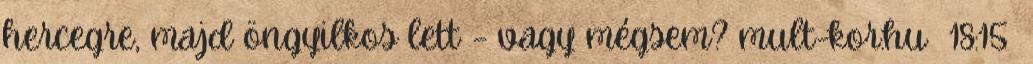
hercegre, majd öngyilkos lett – vagy mégsem? mult-kor.hu 18:15